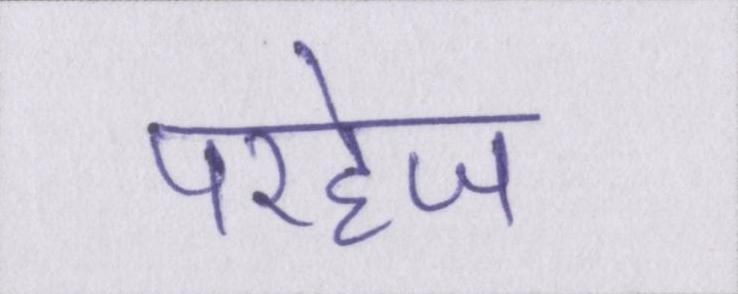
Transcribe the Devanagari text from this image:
परहेज